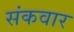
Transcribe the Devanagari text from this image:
संकवार